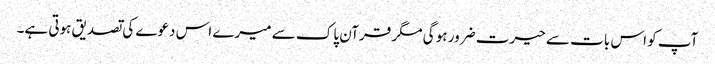
آپ کو اس بات سے حیرت ضرور ہو گی مگر قرآن پاک سے میرے اس دعوے کی تصدیق ہوتی ہے۔